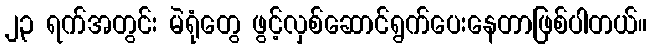
၂၃ ရက်အတွင်း မဲရုံတွေ ဖွင့်လှစ်ဆောင်ရွက်ပေးနေတာဖြစ်ပါတယ်။